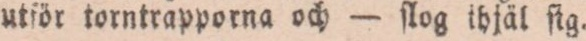
utför torntrapporna och — ſlog ihjäl ſig.